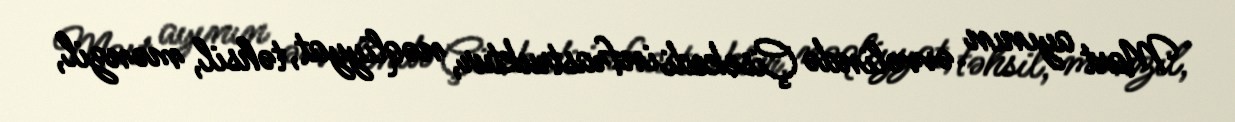
Mart ayının əvvəlində Çisekedi infrastruktur, nəqliyyat, təhsil, mənzil,